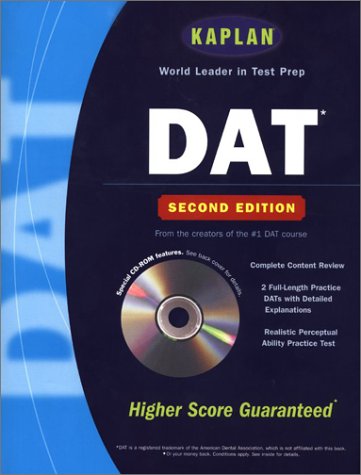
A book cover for Kaplan DAT with CD-ROM, Second Edition; Kaplan; Test Preparation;